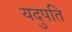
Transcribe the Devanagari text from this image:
यदुपति